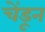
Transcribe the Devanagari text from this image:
चेंडून